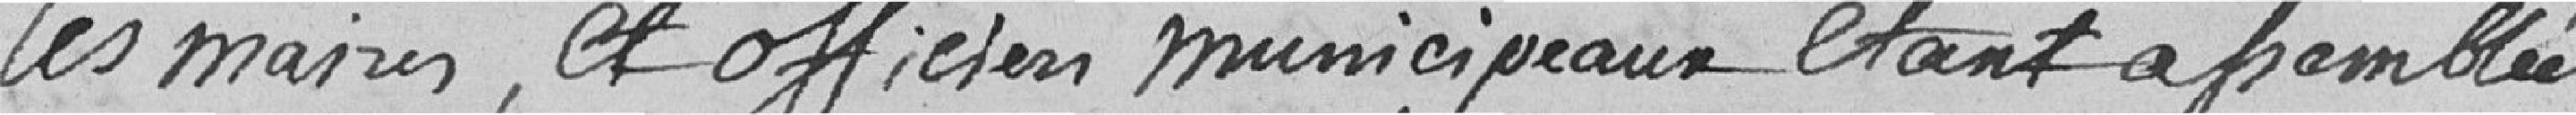
les maires, et officiers municipaux étant assemblée